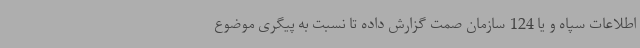
اطلاعات سپاه و یا 124 سازمان صمت گزارش داده تا نسبت به پیگری موضوع